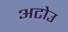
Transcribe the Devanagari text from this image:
अटोउ